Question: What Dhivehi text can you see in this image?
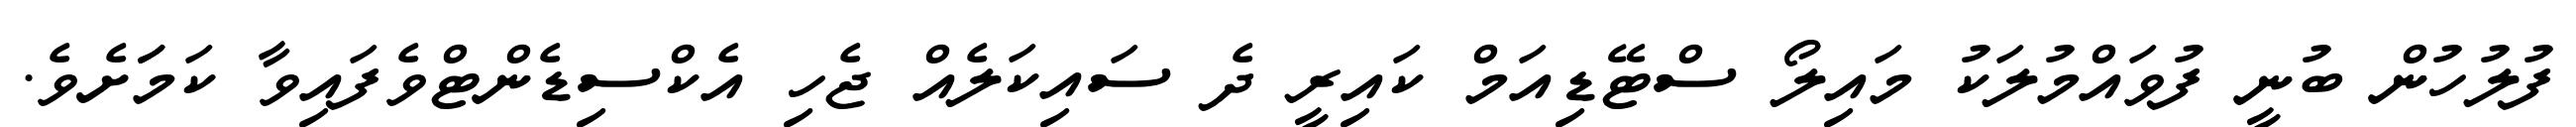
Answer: ފުލުހުން ބުނީ ފުވައްމުލަކު މައިލޯ ސްޓޭޑިއަމް ކައިރީ ދެ ސައިކަލެއް ޖެހި އެކްސިޑެންޓްވެފައިވާ ކަމަަަށެވެ.